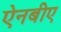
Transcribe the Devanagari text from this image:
ऐनबीए